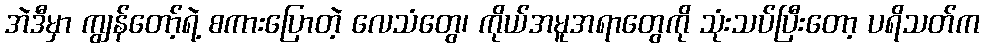
အဲဒီမှာ ကျွန်တော့်ရဲ့ စကားပြောတဲ့ လေသံတွေ၊ ကိုယ်အမူအရာတွေကို သုံးသပ်ပြီးတော့ ပရိသတ်က